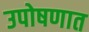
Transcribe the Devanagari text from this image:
उपोषणात